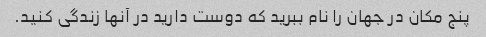
پنج مکان در جهان را نام ببرید که دوست دارید در آنها زندگی کنید.